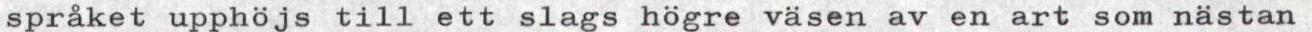
språket upphöjs till ett slags högre väsen av en art som nästan